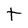
Character: t